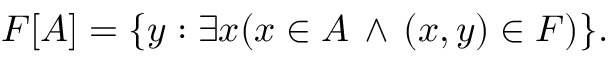
F [ A ] = \{ y : \exists x ( x \in A \, \land \, ( x , y ) \in F ) \} .